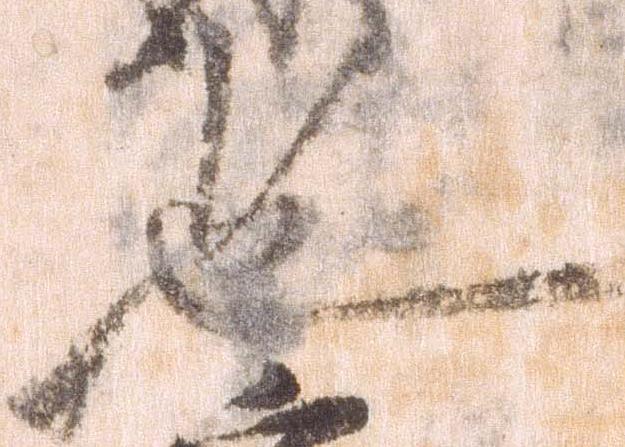
也